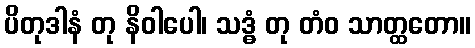
ပိတုဒါနံ တု နိဝါပေါ၊ သဒ္ဓံ တု တံဝ သာတ္ထတော။